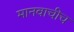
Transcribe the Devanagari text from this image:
मानवाचीच